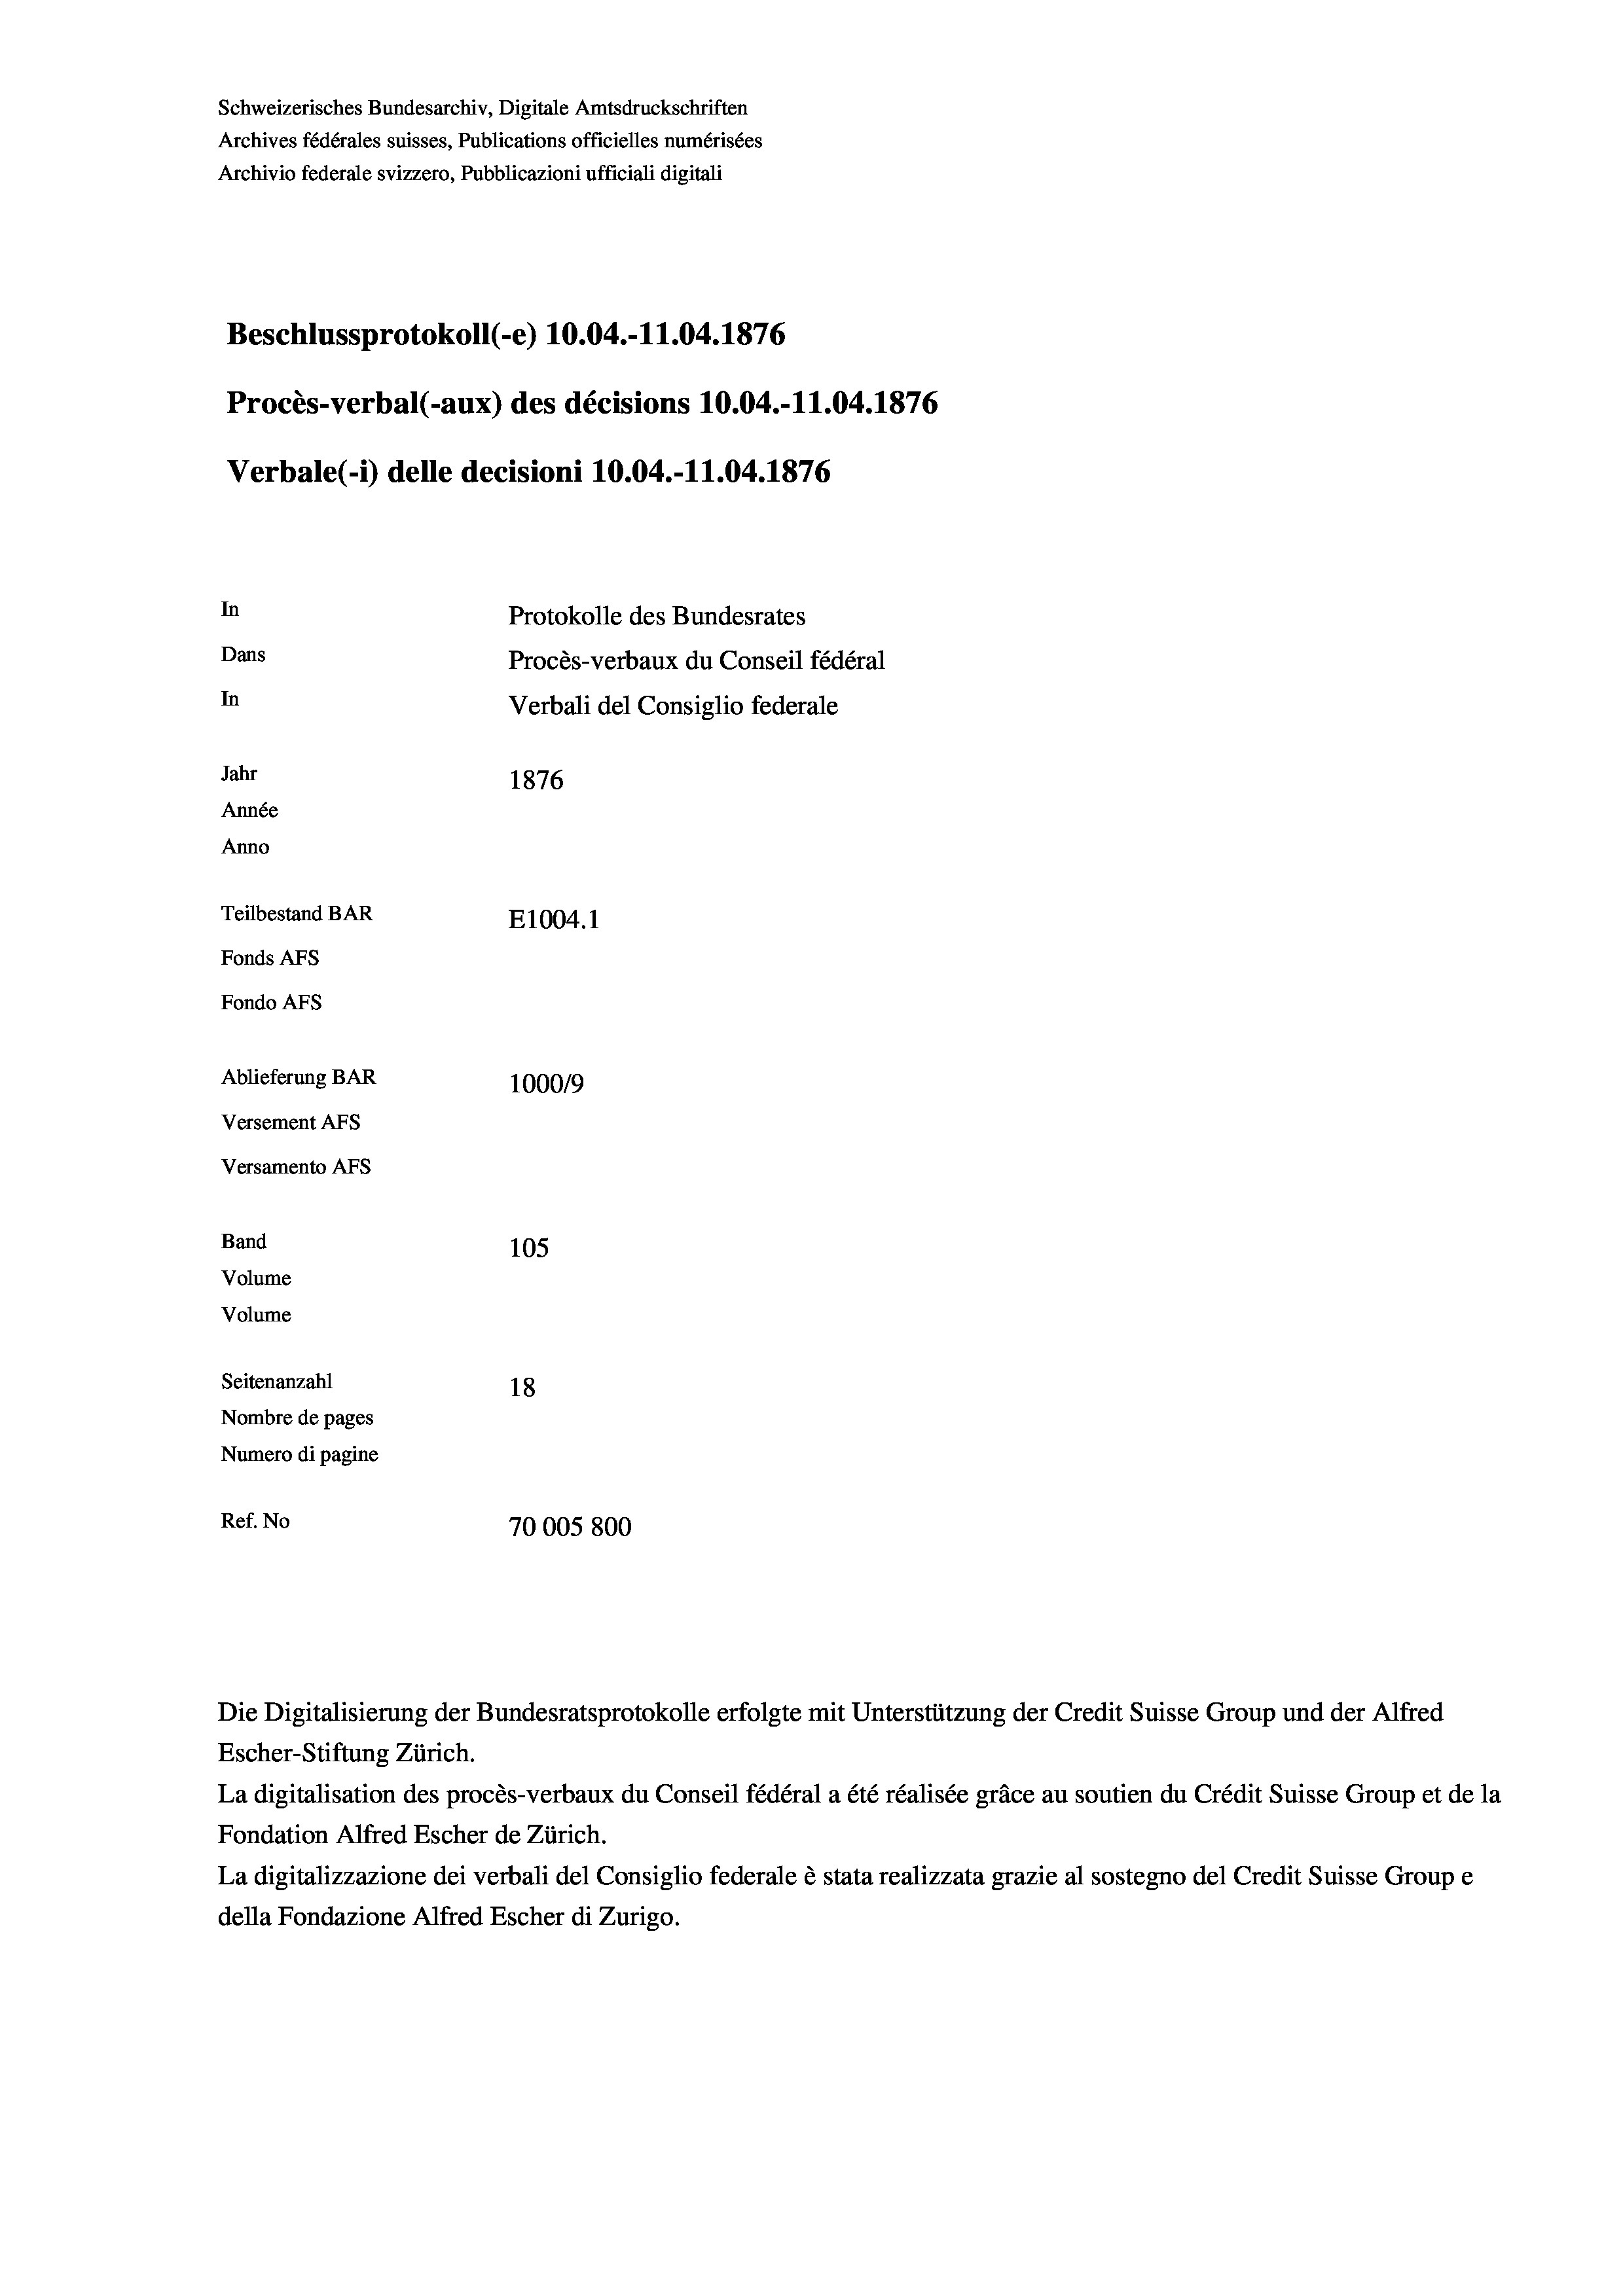
Schweizerisches Bundesarchiv, Digitale Amtsdruckschriften
Archives fédérales suisses, Publications officielles numérisées
Archivio federale svizzero, Pubblicazioni ufficiali digitali
Beschlussprotokoll (-e) 10.04.-11.04. 1876
Procès-verbal (-aux) des décisions 10.04.-11.04. 1876
Verbale(*) delle decisioni 10.04.-11.04. 1876
In
Protokolle des Bundesrates
Dans
Procès-verbaux du Conseil fédéral
In
Verbali del Consiglio federale
Jahr
1876
Année
Anno
Teilbestand BAR
E1004.1
Fonds AFs
Fondo Afs
Ablieferung BAR
100019
Versement AFs
Versamento Afs
Band
105
Volume
Volume
Seitenanzahl
18
Nombre de pages
Numero di pagine
Ref. No
70005800

Die Digitalisierung der Bundesratsprotokolle erfolgte mit Unterstützung der Credit Suisse Group und der Alfred

Escher-Stiftung Zürich.
La digitalisation des procès-verbaux du Conseil fédéral a été réalisée gräce au soutien du Crédit Suisse Group et de la
Fondation Alfred Escher de Zürich.
La digitalizzazione dei verbali del Consiglio federale è stata realizzata grazie al sostegno del Credit Suisse Groupe
della Fondazione Alfred Escher di Zurigo.